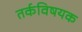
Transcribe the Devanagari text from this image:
तर्कविषयक